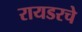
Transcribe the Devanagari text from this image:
रायडरचे